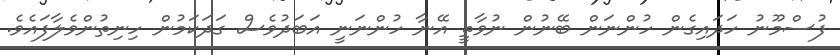
ފުސްމޫނު ހަދައިގެން ހުންނަން ބޭނުން ނުވާތީ އޭނާ ހުންނަނީ އަބަދުވެސް ގަދަކަމުން ހިނިތުންވެލާފައެވެ.